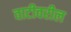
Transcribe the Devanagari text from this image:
वाटीवरील